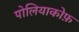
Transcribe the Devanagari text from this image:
पोलियाकोफ़